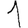
Digit: 1